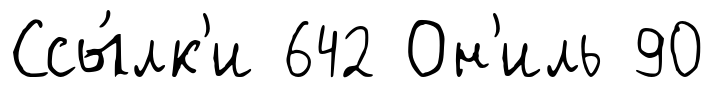
Ссы́лк'и 642 Он'иль 90